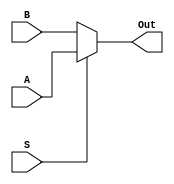
module mux2_1_16b(A, B, S, Out);

//Mux selects from two 16b inputs, high selects input A
input [15:0] A;
input [15:0] B;
input S;
output [15:0] Out;

assign Out = S ? A : B;

endmodule